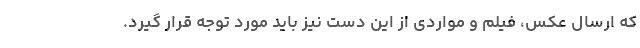
که ارسال عکس، فیلم و مواردی از این دست نیز باید مورد توجه قرار گیرد.